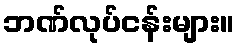
ဘဏ်လုပ်ငန်းများ။